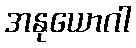
အနုယောဂါ